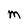
Character: M